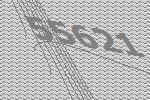
55621